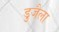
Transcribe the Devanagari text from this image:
डुजैला